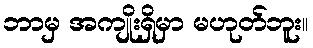
ဘာမှ အကျိုးရှိမှာ မဟုတ်ဘူး။